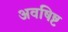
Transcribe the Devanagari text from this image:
अवषिष्ट